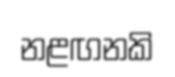
නළඟනකි